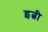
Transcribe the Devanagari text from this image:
इत्नी